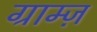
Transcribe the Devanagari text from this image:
ग्राम्ज़